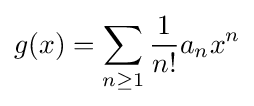
g(x)=\sum _{n\geq 1}{\frac {1}{n!}}a_{n}x^{n}